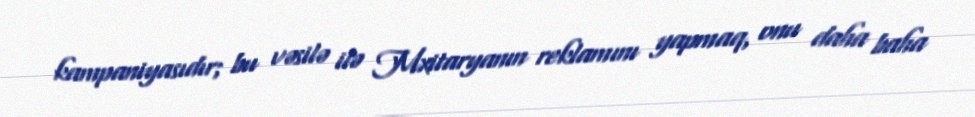
kampaniyasıdır; bu vəsilə ilə Mxitaryanın reklamını yapmaq, onu daha baha